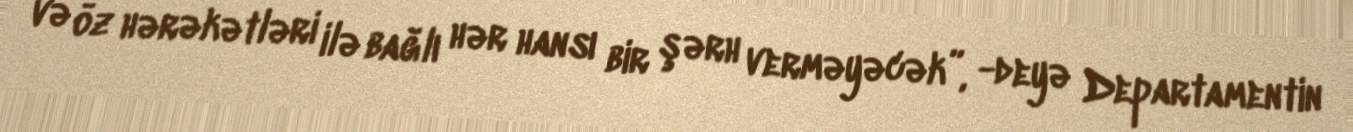
və öz hərəkətləri ilə bağlı hər hansı bir şərh verməyəcək”, -deyə Departamentin